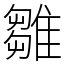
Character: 雛